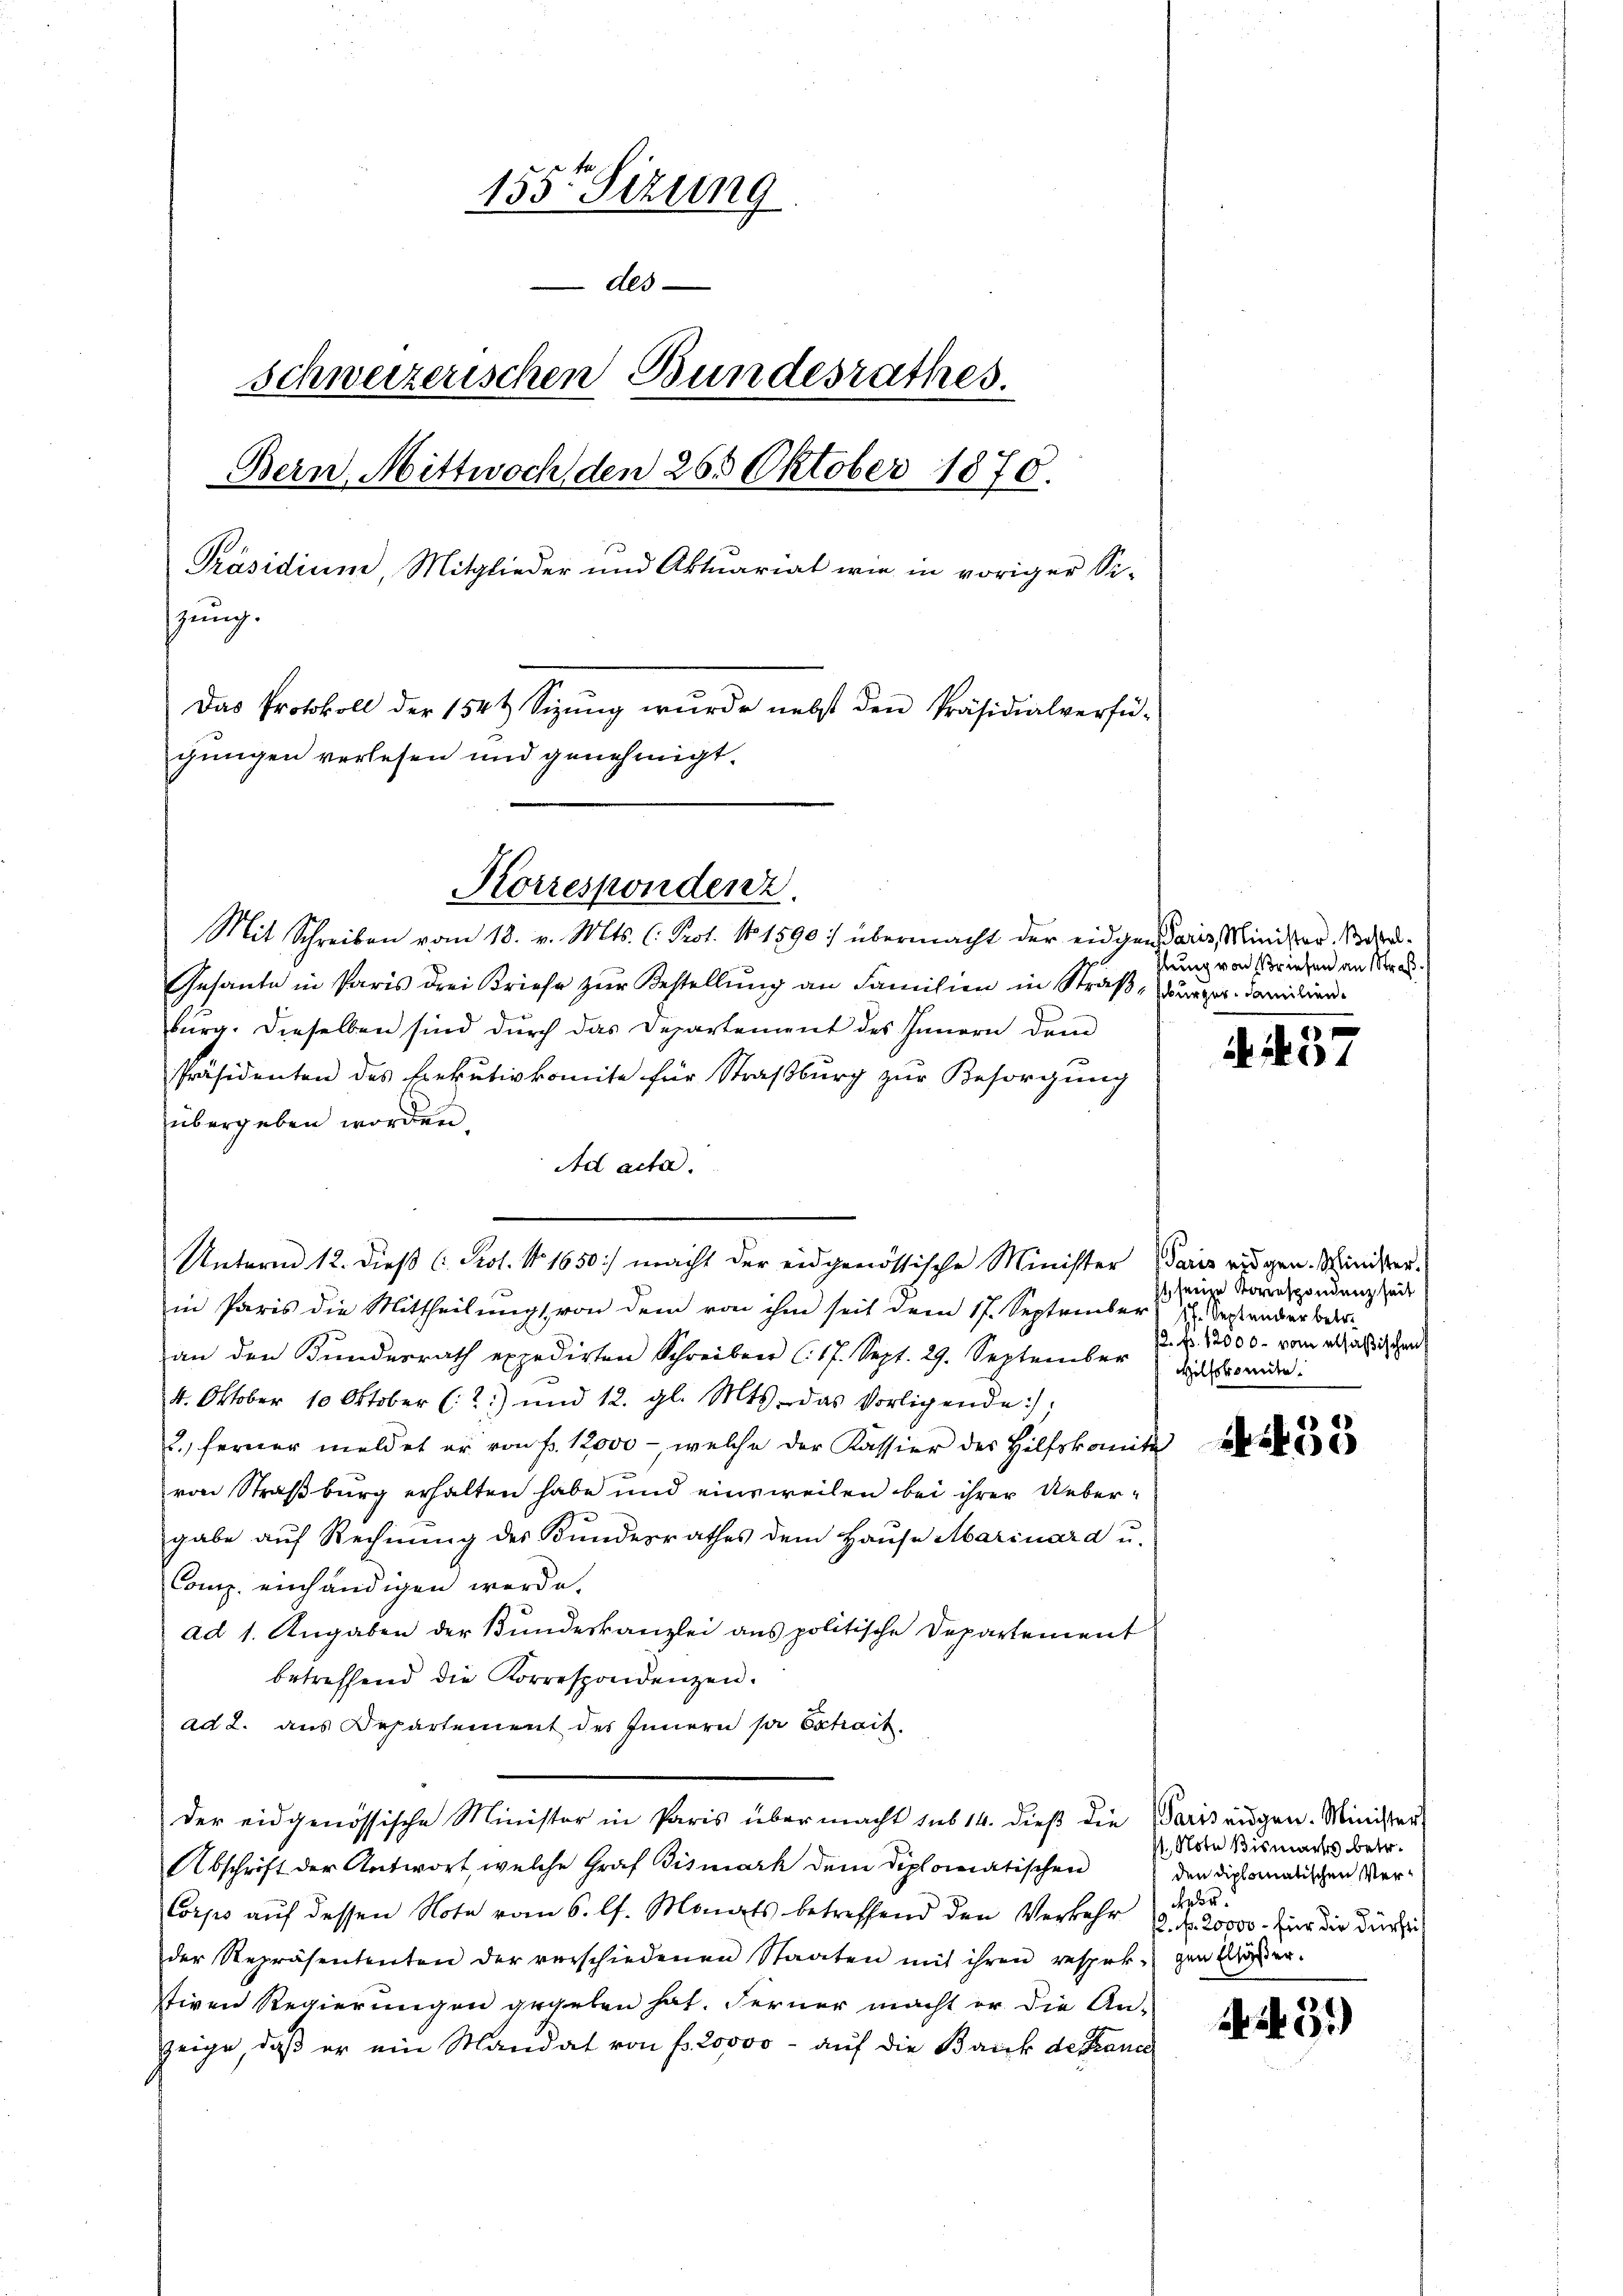
155te Sitzung
Als
schweizerischen Bundesrathes.
Bern, Mittwoch, den 265 Oktober 1870.
Präsidium, Mitglieder und Aktuariat wie in voriger Sistung.
Das Protokoll der 154 t Sizŭng wurde nebst den Präsidialverfü-
gungen verlesen und genehmigt.

Korrespondenz.

Mit Schreiben vom 18. v. Mts. C. Prot. No. 1890 übermacht der eidgen daris Minister. War¬
Gesante in Paris drei Briefe zur Bestellung an Familien in Straß, Burger. Familien
burg. Dieselben sind durch das Departement des Innern dem
Präsidenten des Exekutivkomite für Straßburg zur Besorgung
übergeben worden.
Ad acta.
Unterm 12. dieß (Kot. No. 1650:) macht der eidgenössische Minister Paris eidgen. Schinister-
in Paris die Mittheilung von dem von ihm seit dem 17. September 2. Septender betr
an den Kundesrath expedirten Schreiben (17. Sept. 29. September
4. Oktober 10 Oktober (2) und 12. gl. Mts. das Vorligende :/
2., ferner meldet er von fr. 12000 - welche der Kassier des Hilfskomite
von Straßburg erhalten habe und einsweilen bei ihrer Uebergabe auf Rechnung des Bundesrathes dem Hause Marinard u.
Comp. einhändigen werde.
ad 1. Angaben der Bundeskanzlei aus politische Departement
betreffend die Korrespondenzen.
ad 2. aus Departement des Innern pr Extrait.
der eidgenössische Minister in Paris übermacht sub 14. dieß die Pariseugen. Minister
Abschrift der Antwort, welche Graf Bismark dem diplomatischen
Corps auf dessen Note vom 6. lt. Monats betreffend den Verkehr 2. Fr. 20000. für die dürfe
der Repräsententen der verschiedenen Staaten mit ihren respek-gen Eier.
tiven Regierungen gegeben hat. Ferner macht er die An-
zeige, daß er ein Mandat von fr. 20000 - auf die Bank de France

stung von Briefen an Straß

14. 37

it seine Korrespondenz seit
2. fr. 12000. vom elsaßischen
Hilfskomite.

435

1. Note Bismachs betr.
den diplomatischen Verbeden.

44 35)